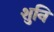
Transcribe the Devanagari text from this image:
शुनि